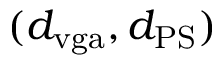
( d _ { \mathrm { v g a } } , d _ { \mathrm { P S } } )